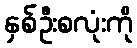
နှစ်ဦးစလုံးကို